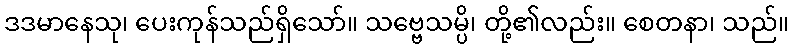
ဒဒမာနေသု၊ ပေးကုန်သည်ရှိသော်။ သဗ္ဗေသမ္ပိ၊ တို့၏လည်း။ စေတနာ၊ သည်။